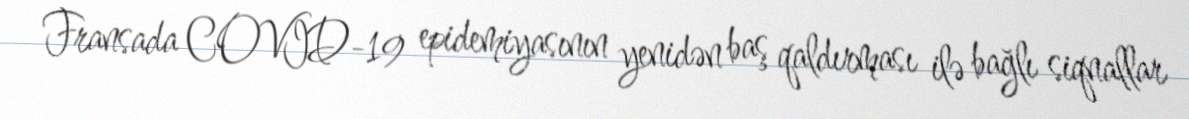
Fransada COVID-19 epidemiyasının yenidən baş qaldırması ilə bağlı siqnallar